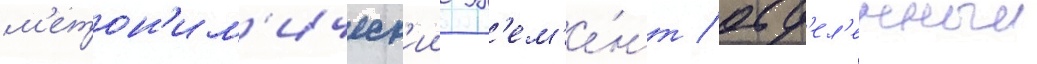
м'етон'им'ическ'ии эл'ем'е́нт / отд'ел'енныи